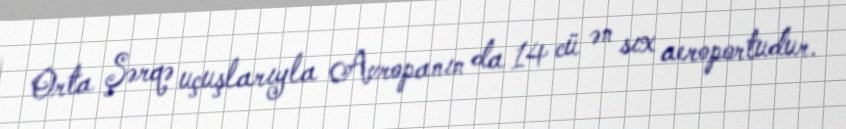
Orta Şərqə uçuşlarıyla Avropanın da 14 cü ən sıx aeroportudur.